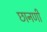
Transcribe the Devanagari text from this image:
छानणी